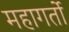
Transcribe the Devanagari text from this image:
महागर्तो